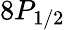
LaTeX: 8P_{1/2}